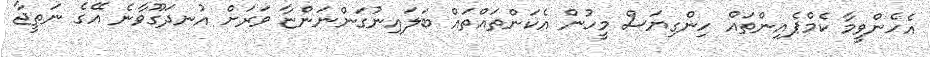
އެހެންވީމާ ކެމްޕެއިންތައް ހިންގިޔަސް މީހުން އެކަންތައްތައް ބަލައިނުގަންނަންޏާ ވަރަށް އުނދަގޫވާނެ އޭގެ ނަތީޖާ